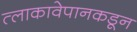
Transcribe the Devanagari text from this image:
त्लाकावेपानकडून